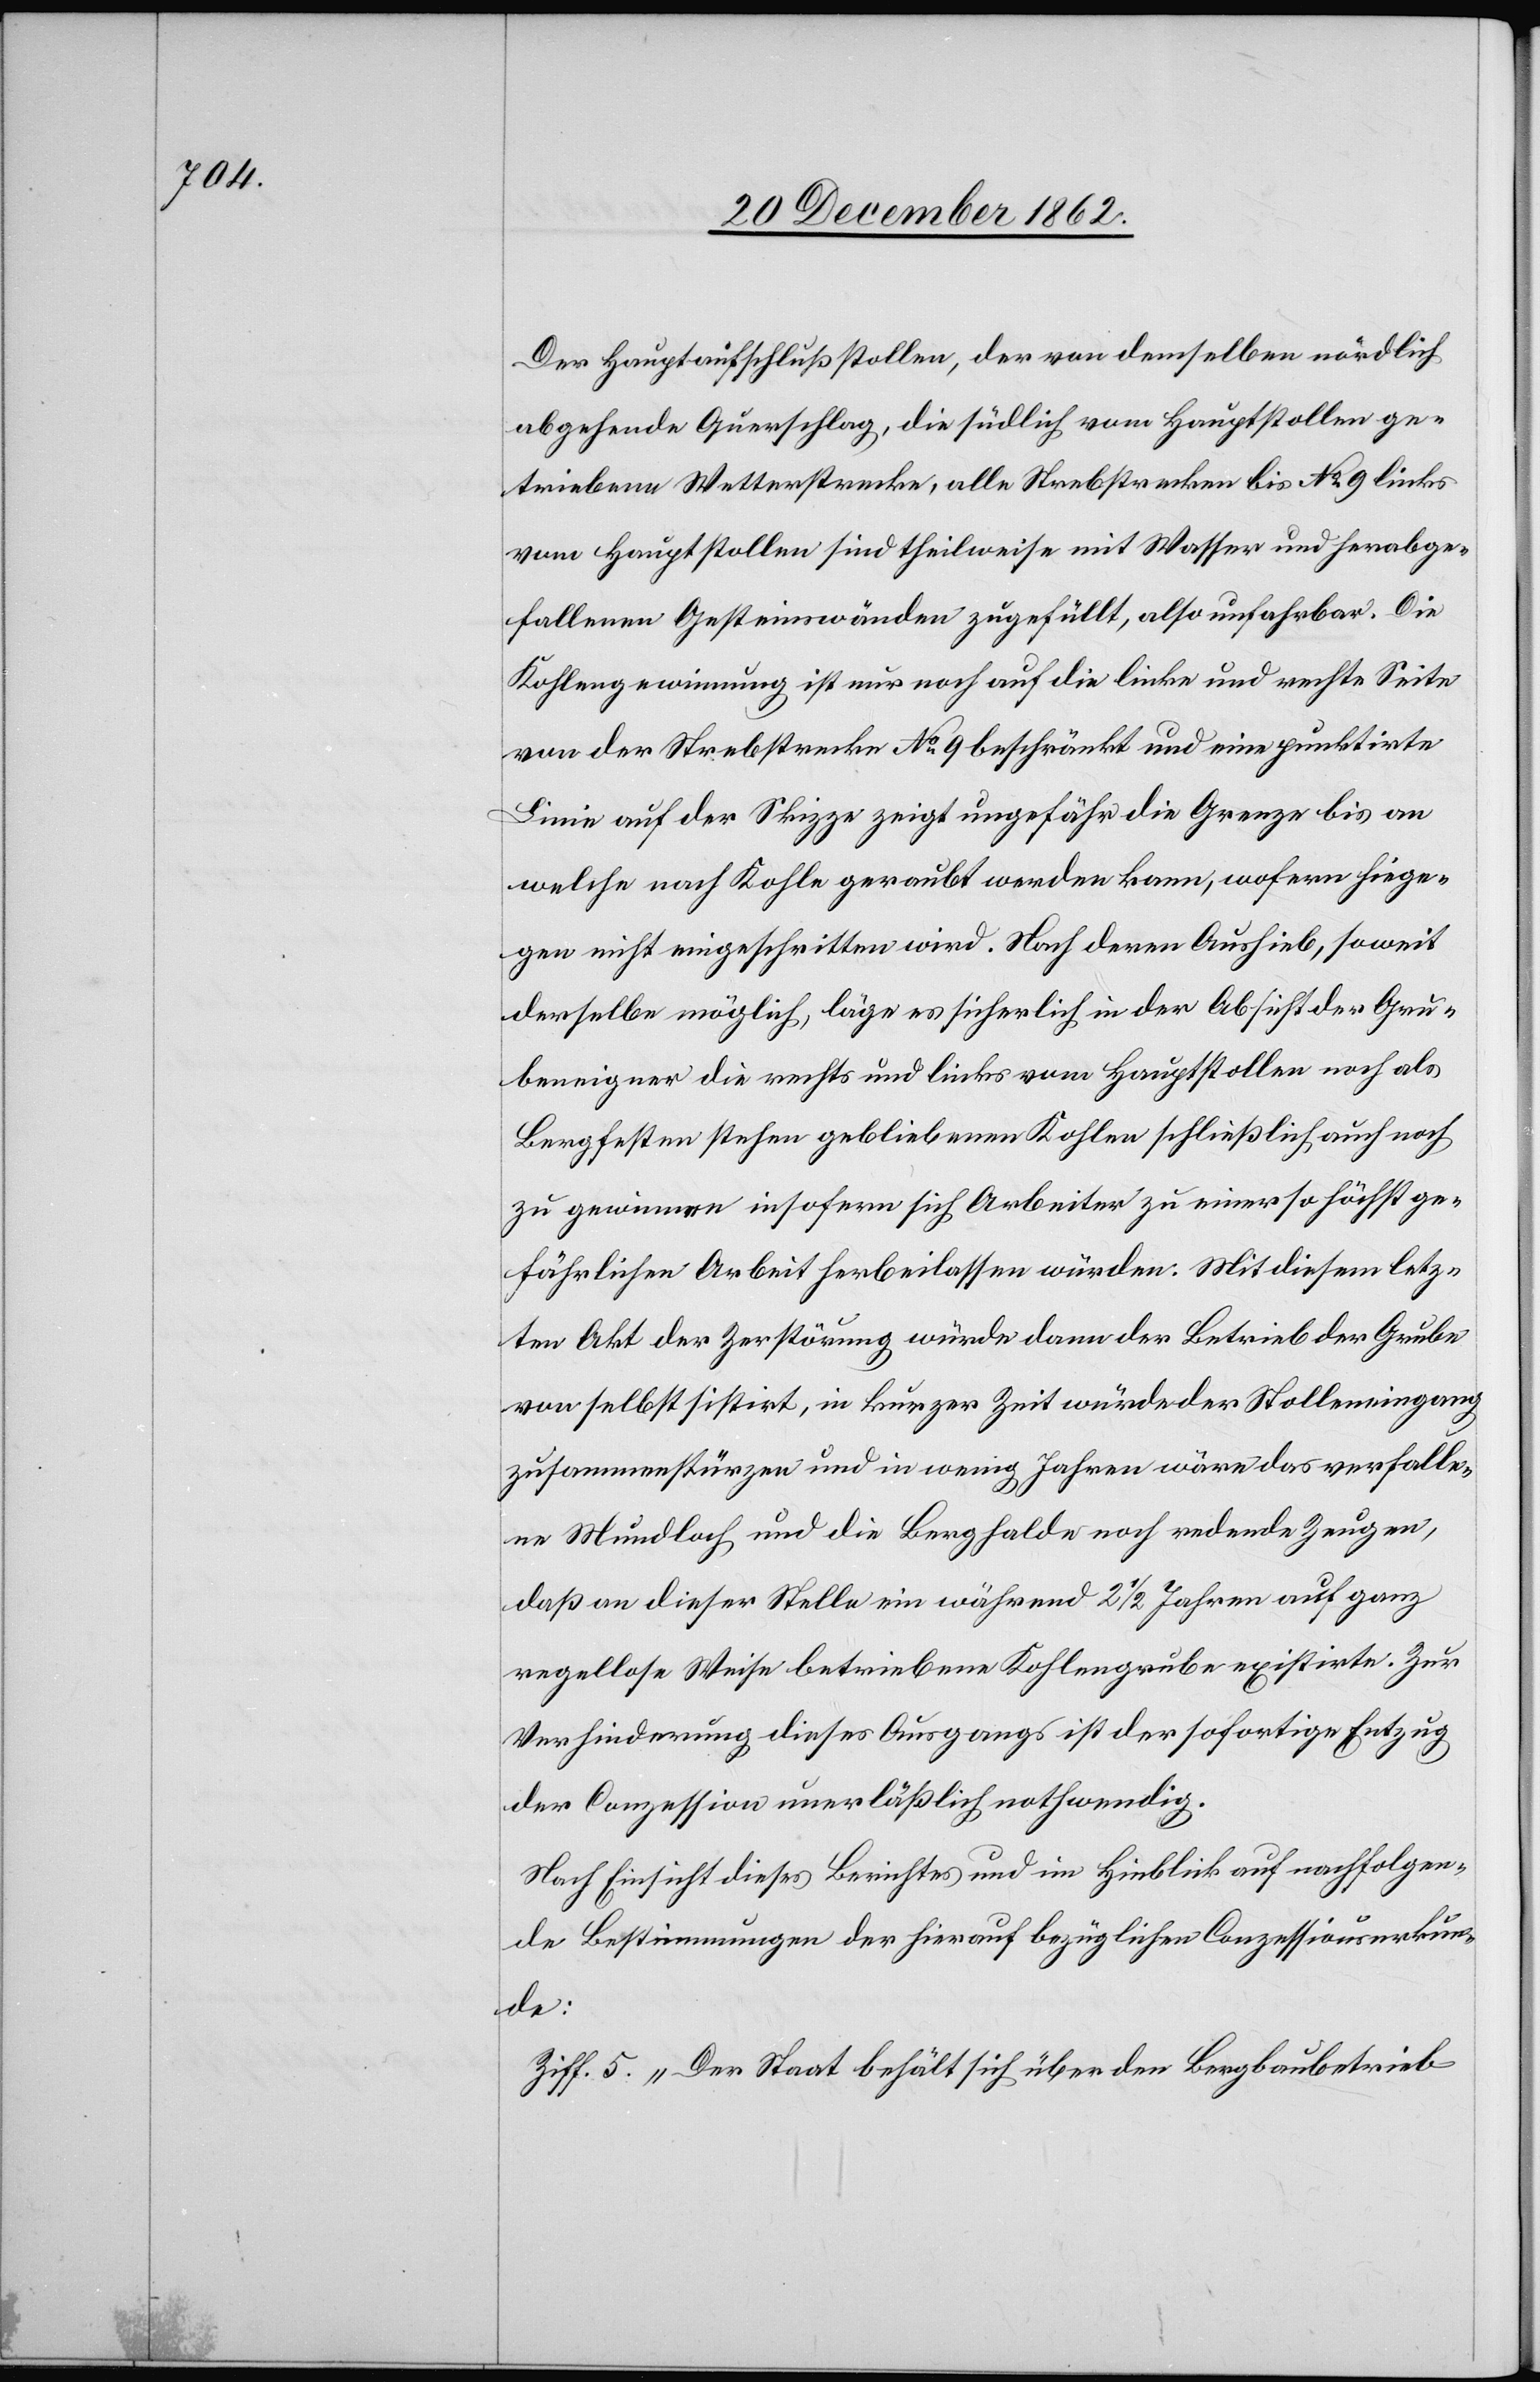
Der Hauptaufschlußstollen, der von demselben nördlich
abgehende Querschlag, die südlich vom Hauptstollen ge¬
triebene Wetterstrecke, alle Strebstrecken bis No 9 links
vom Hauptstollen sind theilweise mit Wasser und herabge¬
fallenen Gesteinswänden zugefüllt, also unfahrbar. Die
Kohlegewinnung ist nur noch auf die linke und rechte Seite
von der Strebstrecke No 9 beschränkt und eine punktirte
Linie auf der Skizze zeigt ungefähr die Grenze bis an
welche nach Kohle geraubt werden kann, wofern hiege¬
gen nicht eingeschritten wird. Nach deren Aushieb, soweit
derselbe möglich, läge es sicherlich in der Absicht der Gru¬
beneigner die rechts und links vom Hauptstollen noch als
Bergfesten stehen gebliebenen Kohlen schließlich auch noch
zu gewinnen insofern sich Arbeiter zu einer so höchst ge¬
fährlichen Arbeit herbeilassen würden. Mit diesem letz¬
ten Akt der Zerstörung würde dann der Betrieb der Grube
von selbst sistirt, in kurzer Zeit würde der Stolleneingang
zusammenstürzen und in wenig Jahren wäre das verfalle¬
ne Mundloch und die Berghalde noch redende Zeugen,
daß an dieser Stelle ein während 2 1/2 Jahren auf ganz
regellose Weise betriebene Kohlengrube existirte. Zur
Verhinderung dieses Ausgangs ist der sofortige Entzug
der Conzession unerläßlich nothwendig.
Nach Einsicht dieses Berichtes und im Hinblick auf nachfolgen¬
de Bestimmungen der hierauf bezüglichen Conzessionsurkun¬
de:
Ziff. 5. „Der Staat behält sich über den Bergbaubetrieb